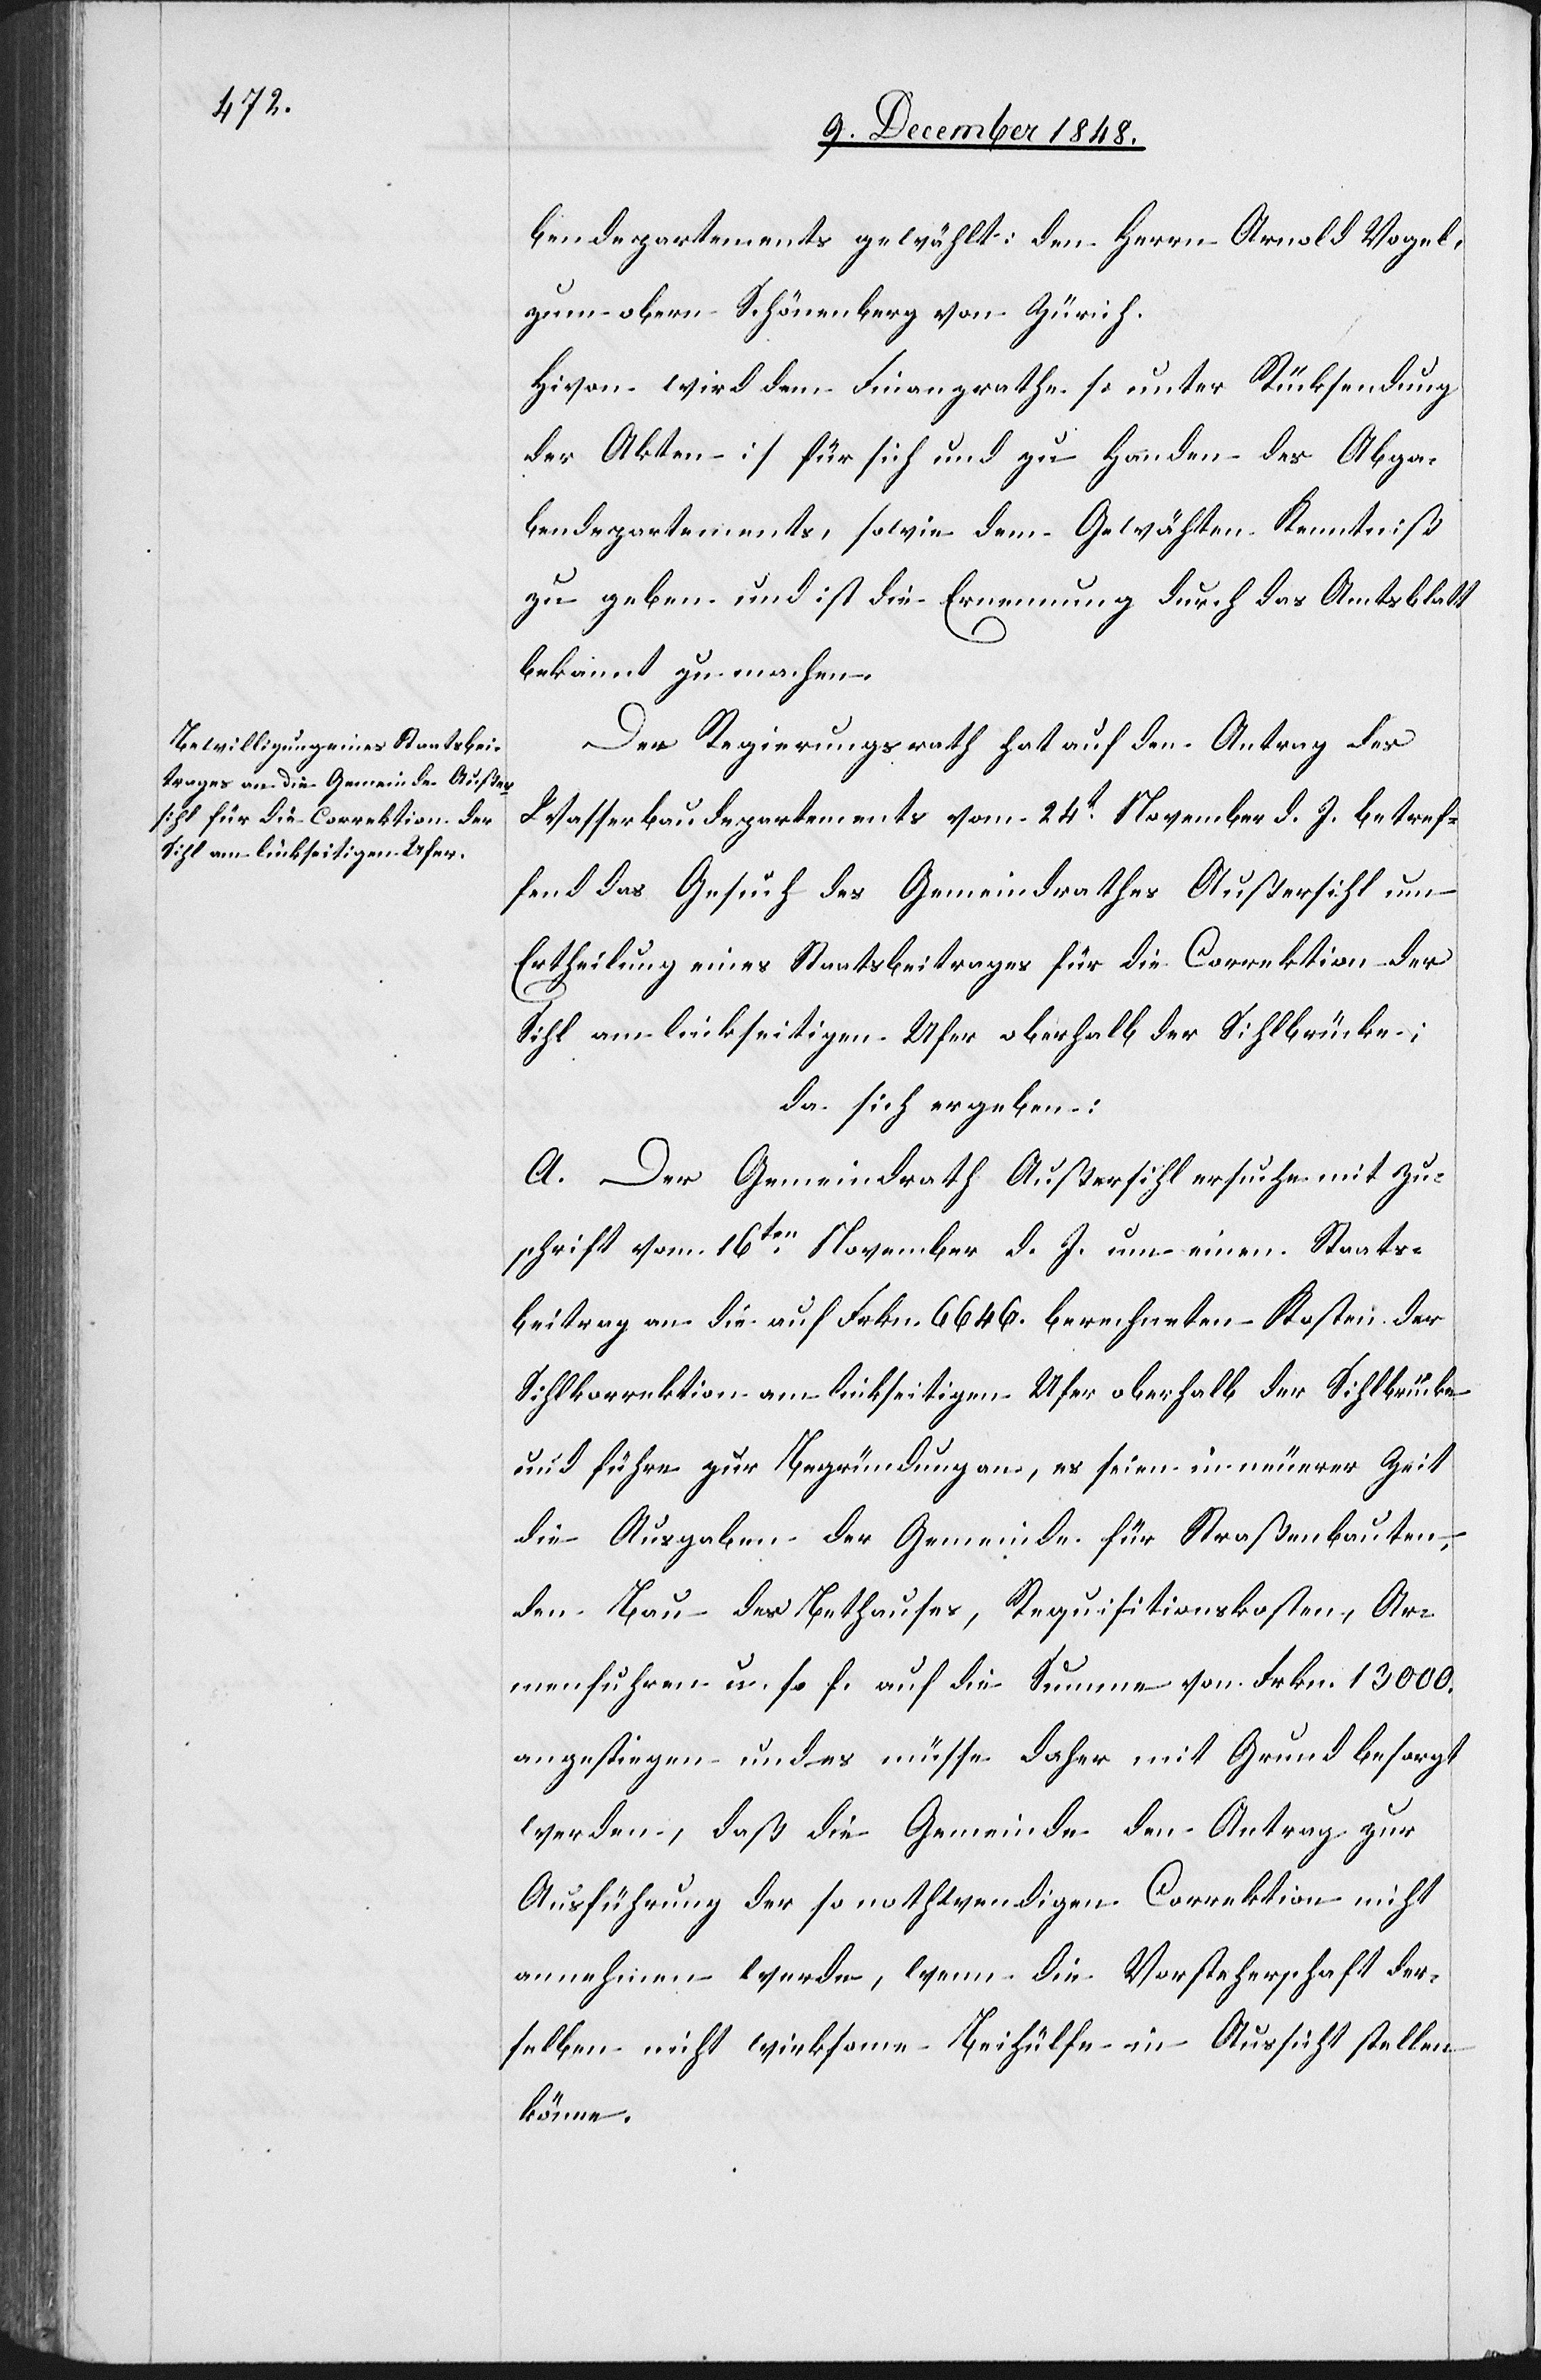
bendepartements gewählt: den Herrn Arnold Vogel,
zum obern Schönenberg von Zürich.
Hivon wird dem Finanzrathe [unter Rücksendung
der Akten] für sich und zu Handen des Abga¬
bendepartements, sowie dem Gewählten Kenntniß
gegeben] und ist die Erneuerung durch das Amtsblatt
bekannt zu machen.
Der Regierungsrath hat auf den Antrag des
Wasserbaudepartements vom 24t November d. J. betref¬
fend das Gesuch des Gemeindrathes Außersihl um
Ertheilung eines Staatsbeitrages für die Correktion der
Sihl am linkseitigen Ufer oberhalb der Sihlbrücke;
da sich ergeben:
A. Der Gemeindrath Außersihl ersuche mit Zu¬
schrift vom 16ten November d. J. um einen Staats¬
beitrag an die auf Frkn. 6646. berechneten Kosten der
Sihlkorrektion am linkseitigen Ufer oberhalb der Sihlbrücke
und führe zur Begründung an, es seien in neuerer Zeit
die Ausgaben der Gemeinde für Straßenbauten,
den Bau des Bethauses, Requisitionskosten, Ar¬
menfuhren u. s. f. auf die Summe von Frkn. 13 000.
angestiegen und es müsse daher mit Grund besorgt
werden, daß die Gemeinde den Antrag zur
Ausführung der so nothwendigen Correktion nicht
annehmen werde, wenn die Vorsteherschaft der¬
selben nicht wirksame Beihülfe in Aussicht stellen
könne.